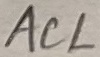
Text: ACL